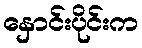
နှောင်းပိုင်းက